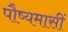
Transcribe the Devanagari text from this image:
पौष्यमासीं